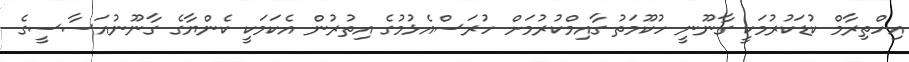
އިހްތިރާމް ކުޑަކުރުމަކީ ގާނޫނީ ހުކޫމަތު ގާއިމްކުރުމަށް ހުރަސްއެޅުމުގެ އިތުރުން އެކަމަކީ ކެންޔާގެ ގާނޫނުއަސާސީގެ